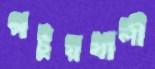
পটুয়খালী